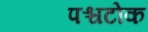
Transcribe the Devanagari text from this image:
पश्चटोक